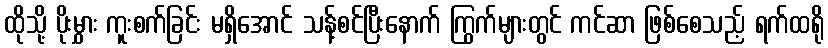
ထိုသို့ ပိုးမွှား ကူးစက်ခြင်း မရှိအောင် သန့်စင်ပြီးနောက် ကြွက်များတွင် ကင်ဆာ ဖြစ်စေသည့် ရက်ထရို